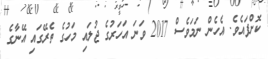
ކޮށްފައެވެ. އެހެން ނަމަވެސް 2017 ވަނަ އަހަރުގެ ޖުލައި މަހުގެ ތެރޭގައި އޭނާގެ